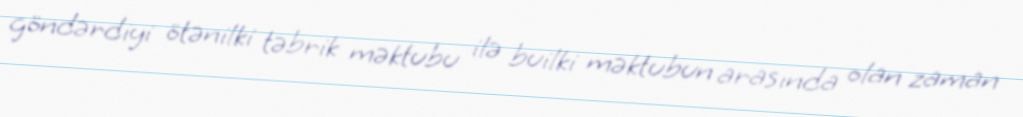
göndərdiyi ötənilki təbrik məktubu ilə builki məktubun arasında olan zaman